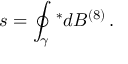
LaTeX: s = \oint _ { \gamma } \, ^ { * } d B ^ { ( 8 ) } \, .